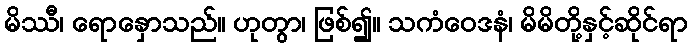
မိဿီ၊ ရောနှောသည်။ ဟုတွာ၊ ဖြစ်၍။ သကံဝေဒနံ၊ မိမိတို့နှင့်ဆိုင်ရာ